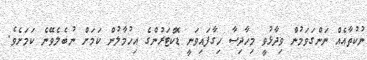
ނުކުތާއެއް ނަންގަވަމުން ވިދާޅުވީ މިހާދިސާ ހިގާފައިވަނީ ޑޮކްޓަރުންގެ އިހުމާލުން ކަމަށް ނުބެލެވޭނެ ކަމަށެވެ.